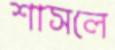
শাসলে